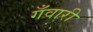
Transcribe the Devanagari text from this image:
गँवारी